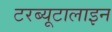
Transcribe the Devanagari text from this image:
टरब्यूटालाइन